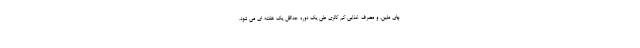
چای ملین، و مصرف غذایی کم کالری طی یک دوره حداقل یک هفته ای می شود.